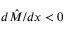
{ d \hat { M } } / { d x } < 0